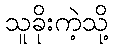
သူခိုးကဲ့သို့